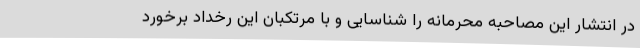
در انتشار این مصاحبهٔ محرمانه را شناسایی و با مرتکبان این رخداد برخورد